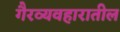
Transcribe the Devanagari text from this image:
गैरव्यवहारातील